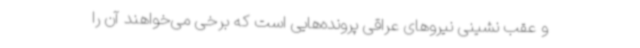
و عقب نشینی نیروهای عراقی پرونده‌هایی است که برخی می‌خواهند آن را